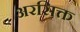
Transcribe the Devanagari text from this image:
अरसिक्त